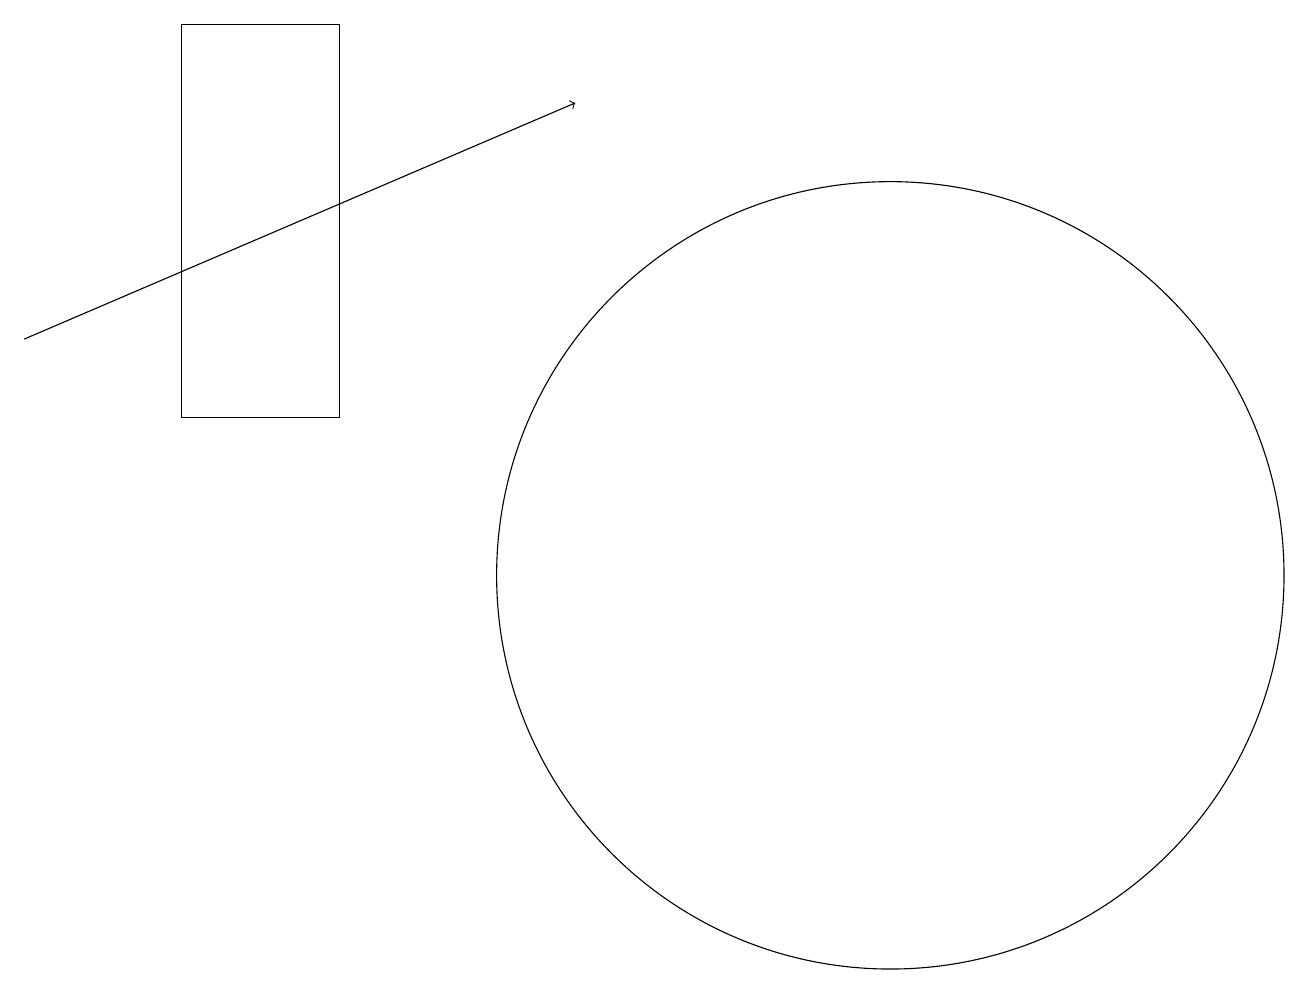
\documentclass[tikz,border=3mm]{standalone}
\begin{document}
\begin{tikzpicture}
\draw (2,12) rectangle (4,17);
\draw[->] (0,13) -- (7,16);
\draw (11,10) circle (5);
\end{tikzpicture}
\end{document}